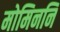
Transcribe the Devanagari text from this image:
मोमिननि